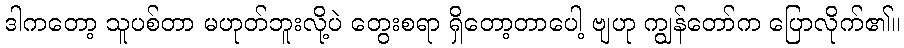
ဒါကတော့ သူပစ်တာ မဟုတ်ဘူးလို့ပဲ တွေးစရာ ရှိတော့တာပေါ့ ဗျဟု ကျွန်တော်က ပြောလိုက်၏။